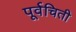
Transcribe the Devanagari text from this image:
पूर्वचिती